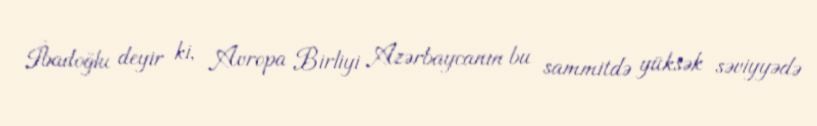
İbadoğlu deyir ki, Avropa Birliyi Azərbaycanın bu sammitdə yüksək səviyyədə